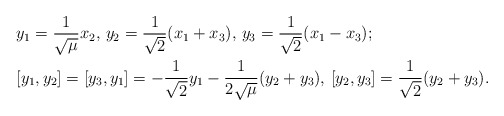
\begin{align*} &y_1=\frac{1}{\sqrt{\mu}}x_2, \, y_2=\frac{1}{\sqrt{2}}(x_1+x_3), \, y_3=\frac{1}{\sqrt{2}}(x_1-x_3);\\ &[y_1,y_2]=[y_3,y_1]=-\frac{1}{\sqrt{2}}y_1-\frac{1}{2\sqrt{\mu}}(y_2+y_3), \, [y_2,y_3]=\frac{1}{\sqrt{2}}(y_2+y_3).\end{align*}